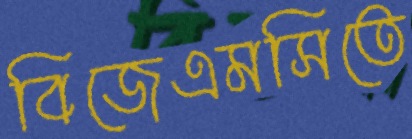
বিজেএমসিতে